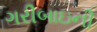
ગરીબાઇની